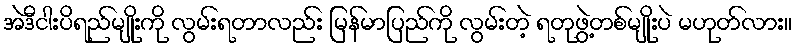
အဲဒီငါးပိရည်မျိုးကို လွမ်းရတာလည်း မြန်မာပြည်ကို လွမ်းတဲ့ ရတုဖွဲ့တစ်မျိုးပဲ မဟုတ်လား။